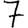
Digit: 7